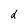
Character: d